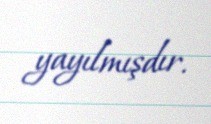
yayılmışdır.